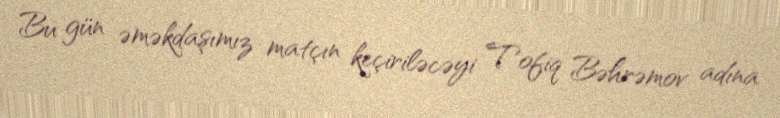
Bu gün əməkdaşımız matçın keçiriləcəyi Tofiq Bəhrəmov adına